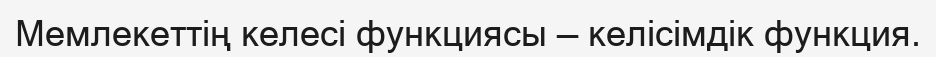
Мемлекеттің келесі функциясы — келісімдік функция.